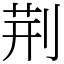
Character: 荆